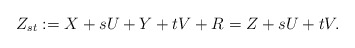
\begin{align*}Z_{st}:=X+sU+Y+tV+R=Z+sU+tV.\end{align*}